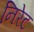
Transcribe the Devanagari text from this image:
निरेट